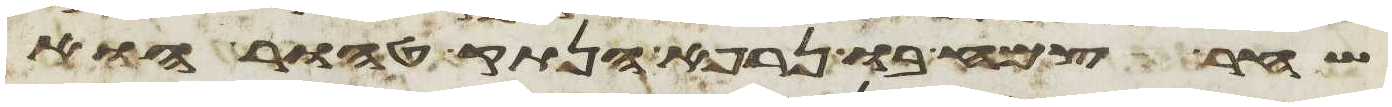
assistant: שחר צמח בו נרפא הנתק טהור הוא